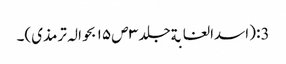
3: (اسدالغابةجلد ۳ ص ۱۵ بحوالہ ترمذی)۔